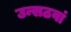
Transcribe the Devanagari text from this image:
उन्सठवां